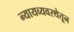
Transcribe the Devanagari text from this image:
न्यायव्यवस्थेतून